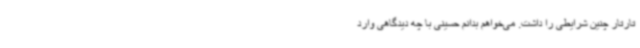
تارتار چنین شرایطی را داشت. می‌خواهم بدانم حسینی با چه دیدگاهی وارد